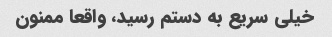
خیلی سریع به دستم رسید، واقعا ممنون